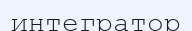
интегратор